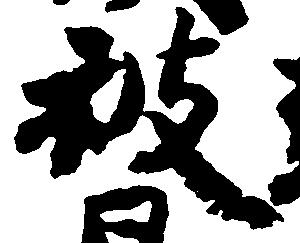
被